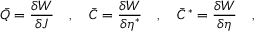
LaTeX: \bar { Q } = \frac { \delta W } { \delta J } \quad , \quad \bar { C } = \frac { \delta W } { \delta \eta ^ { \ast } } \quad , \quad \bar { C } ^ { \ast } = \frac { \delta W } { \delta \eta } \quad ,